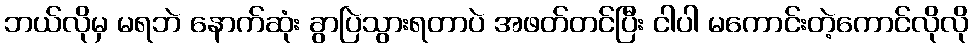
ဘယ်လိုမှ မရဘဲ နောက်ဆုံး ခွာပြဲသွားရတာပဲ အဖတ်တင်ပြီး ငါပါ မကောင်းတဲ့ကောင်လိုလို